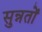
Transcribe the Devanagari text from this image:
सुन्नतों